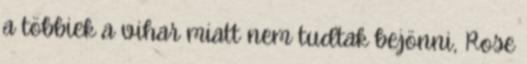
a többiek a vihar miatt nem tudtak bejönni, Rose